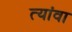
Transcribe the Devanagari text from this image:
त्यांवा